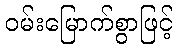
ဝမ်းမြောက်စွာဖြင့်